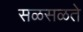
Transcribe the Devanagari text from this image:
सळसळते